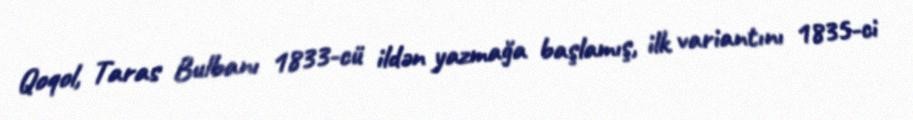
Qoqol, Taras Bulbanı 1833-cü ildən yazmağa başlamış, ilk variantını 1835-ci